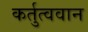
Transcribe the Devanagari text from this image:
कर्तुत्ववान